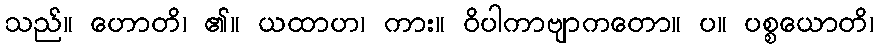
သည်။ ဟောတိ၊ ၏။ ယထာဟ၊ ကား။ ဝိပါကာဗျာကတော။ ပ။ ပစ္စယောတိ၊